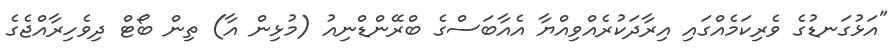
"އަޅުގަނޑުގެ ވެރިކަމެއްގައި އިރާދަކުރެއްވިއްޔާ އެއާބަސްގެ ބްރޭންޑްނިއު (މުޅިން އާ) ތިން ބޯޓް ދިވެހިރާއްޖެގެ